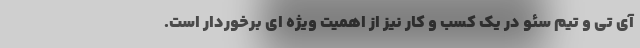
آی تی و تیم سئو در یک کسب و کار نیز از اهمیت ویژه ای برخوردار است.